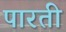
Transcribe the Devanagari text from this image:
पारती